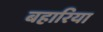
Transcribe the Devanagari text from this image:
बहारिया